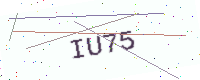
Text: IU75